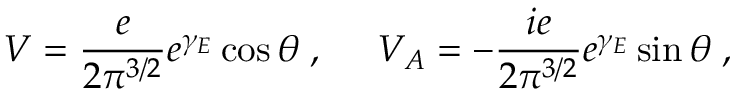
{ \cal V } = \frac { e } { 2 \pi ^ { 3 / 2 } } e ^ { \gamma _ { E } } \cos \theta \; , \; \; \; \; \; { \cal V } _ { A } = - \frac { i e } { 2 \pi ^ { 3 / 2 } } e ^ { \gamma _ { E } } \sin \theta \; ,